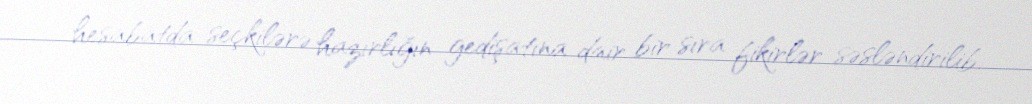
hesabatda seçkilərə hazırlığın gedişatına dair bir sıra fikirlər səsləndirilib.